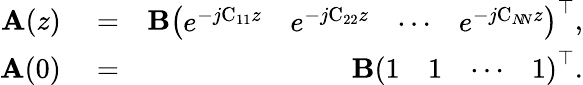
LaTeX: \begin{array}{rlr}{\boldsymbol{\mathrm{A}}(z)}&{{}=}&{\boldsymbol{\mathrm{B}}\left(\begin{array}{llll}{e^{-j\mathrm{C_{11}}z}}&{e^{-j\mathrm{C_{22}}z}}&{\cdots}&{e^{-j\mathrm{C}_{N\! N}z}}\end{array}\right)^{\top},}\\ {\boldsymbol{\mathrm{A}}(0)}&{{}=}&{\boldsymbol{\mathrm{B}}\left(\begin{array}{llll}{1}&{1}&{\cdots}&{1}\end{array}\right)^{\top}.}\end{array}